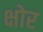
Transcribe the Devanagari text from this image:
क्षोर